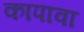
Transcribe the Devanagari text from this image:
कापावा